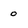
Character: o